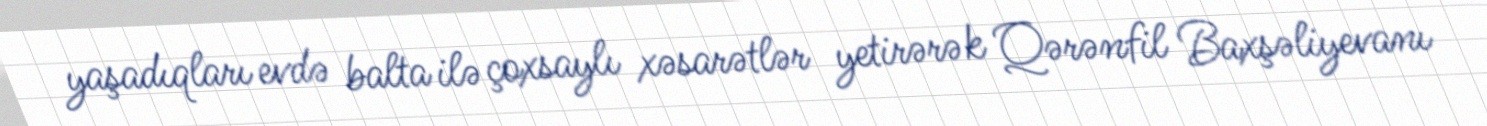
yaşadıqları evdə balta ilə çoxsaylı xəsarətlər yetirərək Qərənfil Baxşəliyevanı